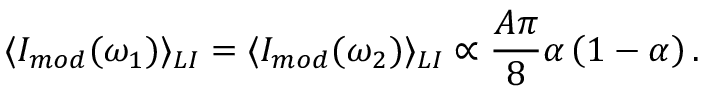
\langle I _ { m o d } ( \omega _ { 1 } ) \rangle _ { L I } = \langle I _ { m o d } ( \omega _ { 2 } ) \rangle _ { L I } \propto \frac { A \pi } { 8 } \alpha \left( 1 - \alpha \right) .